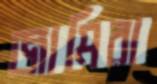
জামিরা